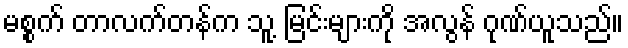
မစ္စက် တာလက်တန်က သူ့ မြင်းများကို အလွန် ဂုဏ်ယူသည်။